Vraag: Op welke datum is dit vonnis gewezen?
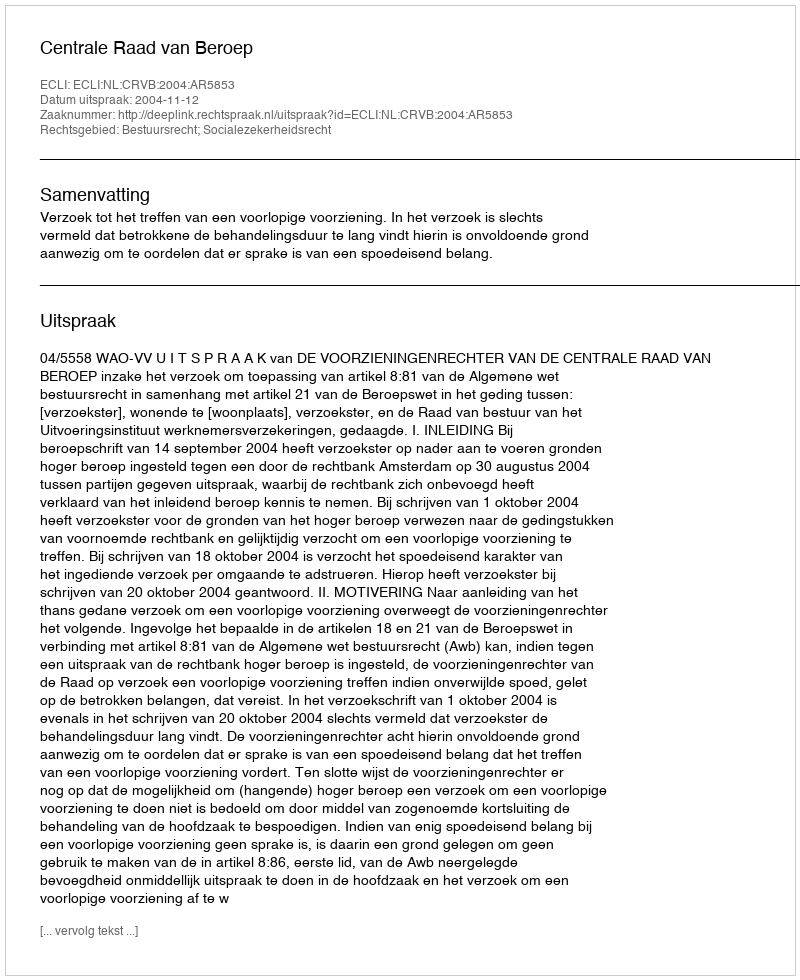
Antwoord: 2004-11-12